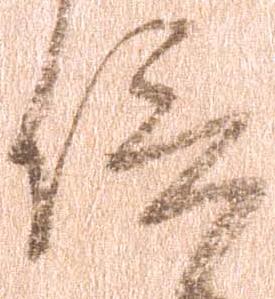
信